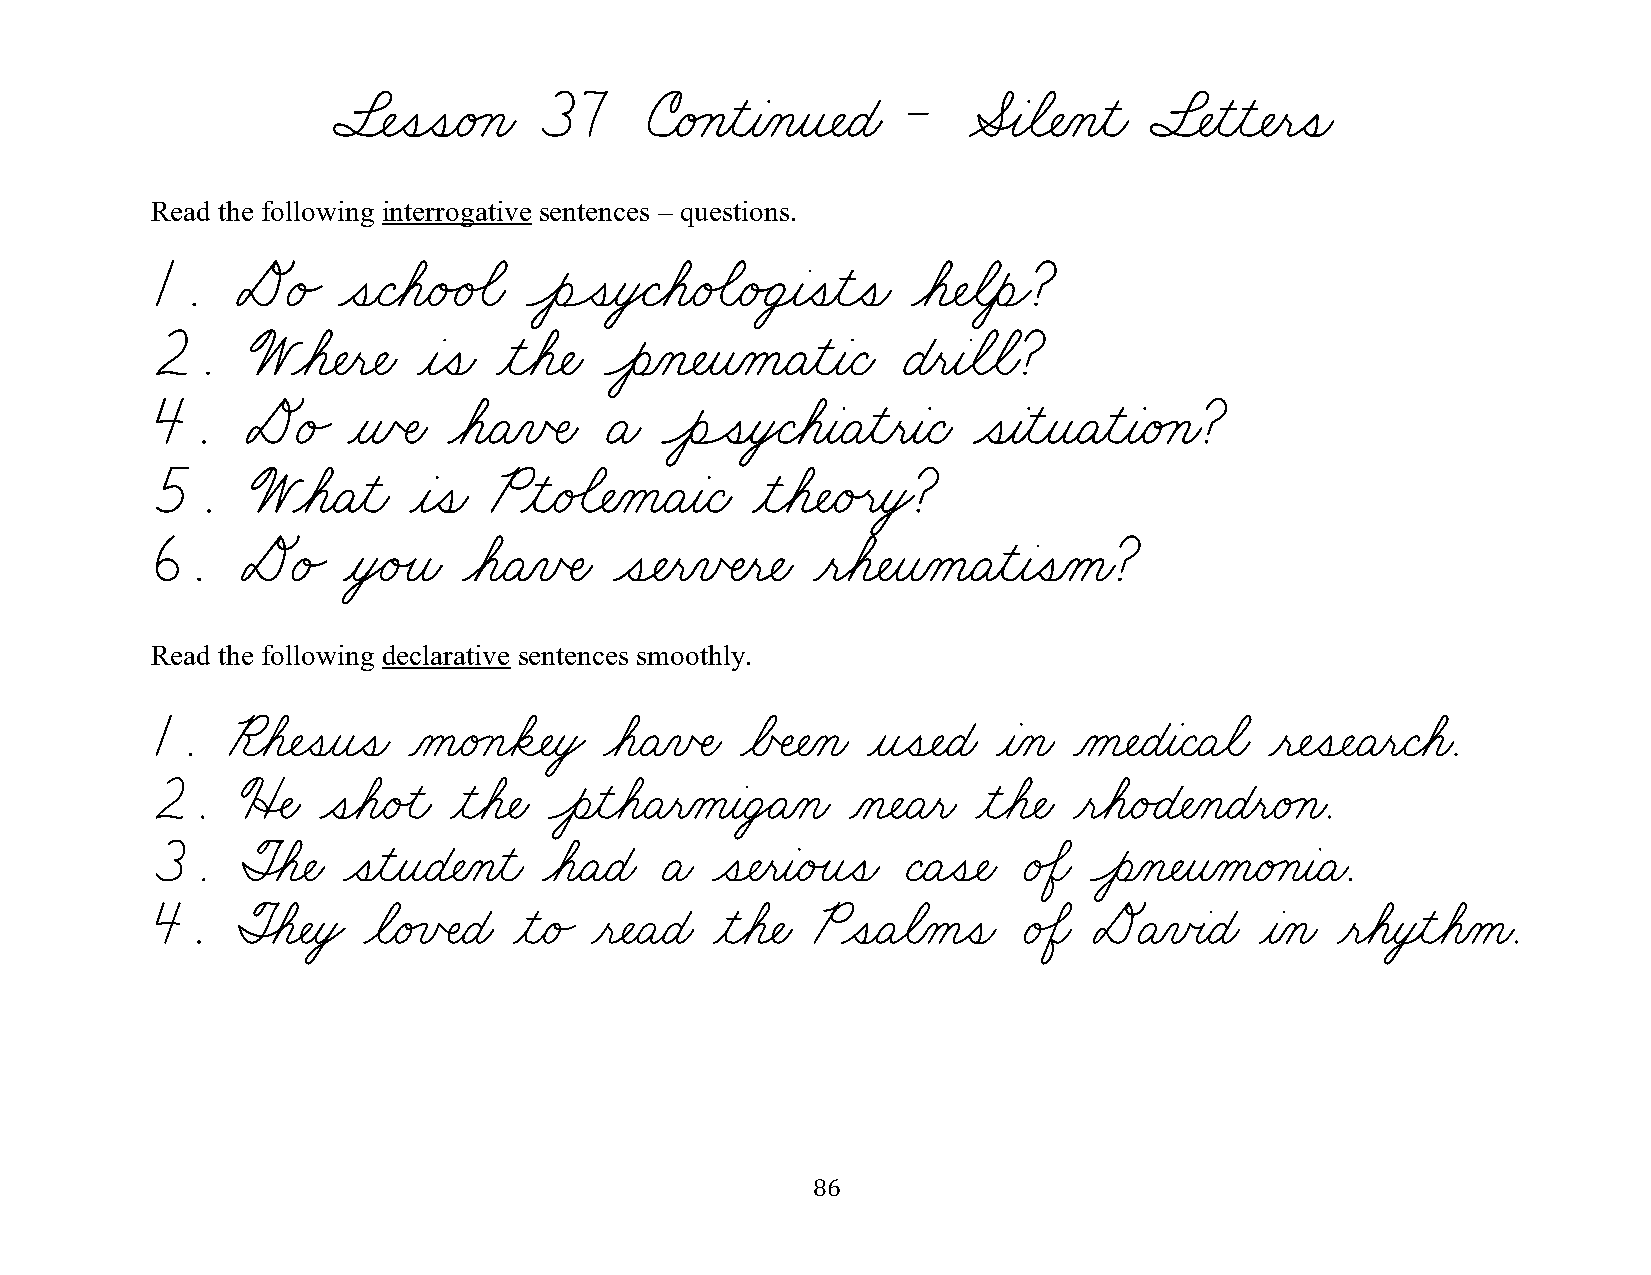
§¬ÑˆíˆíæéÁçæ  37     úæéÁçƒìƒàÀçƒî¬ÑæÉæ - ÆÎàøã¬ÑÀçƒìæ §¬Ñƒìƒì¬Ñƒëˆíæ
 Read the following interrogative sentences – questions.
 1.    Dé„   ˆíæÇøáæé„é‰ãæ ÔèÔíƒòŸÇøáæé‰ãæé„Ü¸àˆíƒìˆíæ øá¬ÑøãƒèÌ?
 2.    Wøá¬Ñƒë¬Ñæ  ƒàˆíæ ƒìøá¬Ñæ ÔèÀç¬ÑƒîÀåæÄƒìƒàæÇæ Éƒëƒàøãøãæ?
 4.    Dé„    ƒñŒÑæ  øáæÄÀïŒÑæ Äæ  ÔèÔíƒòŸÇøáƒàæÄƒìƒëƒàæÇæ ˆíƒàƒìƒîæÄƒìƒàæéÁçæ?
 5.     WøáæÄƒìæ  ƒàˆíæ Pƒìæé‰ã¬ÑÀåæÄƒàæÇæ ƒìøá¬ÑæéÙëƒòŸ?
 6.    Dé„    ƒòŸéÙîæ øáæÄÀïŒÑæ ˆí¬ÑƒëÀïŒÑƒë¬Ñæ ƒëøá¬ÑƒîÀåæÄƒìƒàˆíÀåæ?
 Read the following declarative sentences smoothly.
 1.   ¨øá¬Ñˆíƒîˆíæ ÀåæéÁçøä¬ÑƒòŸ øáæÄÀïŒÑæ øÅŒÑ¬ÑÀçæ ƒîˆí¬ÑæÉæ ƒàÀçæ Àå¬ÑæÉƒàæÇæÄøãæ ƒë¬Ñˆí¬ÑæÄƒëæÇøáæ.
 2.    üÍÑæ ˆíøáæéÙìæ ƒìøá¬Ñæ ÔèƒìøáæÄƒëÀåƒàæÜŸÄÀçæ Àç¬ÑæÄƒëæ ƒìøá¬Ñæ ƒëøáæé„É¬ÑÀçæÉƒëæéÁçæ.
 3.    ØÈá¬Ñæ ˆíƒìƒîæÉ¬ÑÀçƒìæ øáæÄæÉæ Äæ ˆí¬ÑƒëƒàæéÙîˆíæ ÇæÄˆí¬Ñæ é‰Öæ ÔèÀç¬ÑƒîÀåæéÁçƒàæÄæ.
 4.    ØÈá¬ÑƒòŸ øãæéÁïŒÑæÉæ ƒìæé„ ƒë¬ÑæÄæÉæ ƒìøá¬Ñæ PˆíæÄøãÀåˆíæ é‰Öæ DÄÀïœàæÉæ ƒàÀçæ ƒëøáƒò¸ìøáÀåæ.
 86